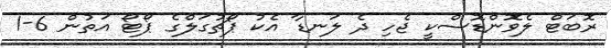
ރޮބަޓް ލެވޮންޑޮސްކީ ޖެހި ދެ ލަނޑާ އެކު ޕޯޗުގަލްގެ ޕޯޓޯ އަތުން 6-1